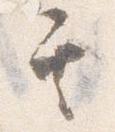
其